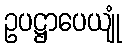
ဥပဋ္ဌာပေယျုံ